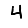
Digit: 4